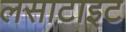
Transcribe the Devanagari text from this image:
लसाटाइट